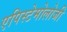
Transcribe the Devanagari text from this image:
एपिस्टेमोलोजी